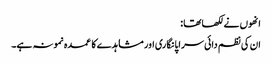
انھوں نے لکھا تھا :
ان کی نظم دائی سراپا نگاری اور مشاہدے کا عمدہ نمونہ ہے۔